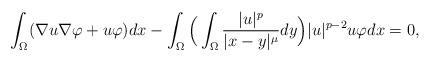
LaTeX: \begin{align*} \int_{\Omega}( \nabla u \nabla \varphi + u \varphi )dx - \int_{\Omega} \Big(\int_{\Omega} \frac{ |u|^p}{|x-y|^{\mu}}dy\Big)|u|^{p-2}u \varphi dx = 0, \end{align*}